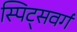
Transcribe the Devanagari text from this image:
स्पिट्सवर्ग